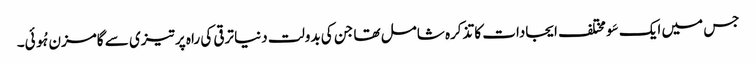
جس میں ایک سَو مختلف ایجادات کا تذکرہ شامل تھا جن کی بدولت دنیا ترقی کی راہ پر تیزی سے گامزن ہُوئی۔